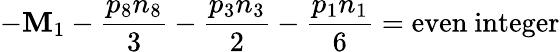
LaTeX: -\mathbf{M}_{1}-{\frac{{p_{8}n_{8}}}{{3}}}-{\frac{{p_{3}n_{3}}}{{2}}}-{\frac{{p_{1}n_{1}}}{{6}}}=\mathrm{{even}}\ \mathrm{{integer}}